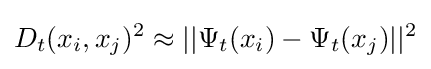
D_{t}(x_{i},x_{j})^{2}\approx ||\Psi _{t}(x_{i})-\Psi _{t}(x_{j})||^{2}